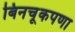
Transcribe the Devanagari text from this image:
बिनचूकपणा